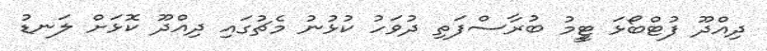
ދިއްދޫ ފުޓްބޯޅަ ޓީީމު ބުރާސްފަތި ދުވަހު ކުޅުނު މެޗުގައި ދިއްދޫ ކޮޅަށް ލަނޑު